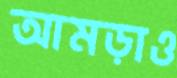
আমড়াও